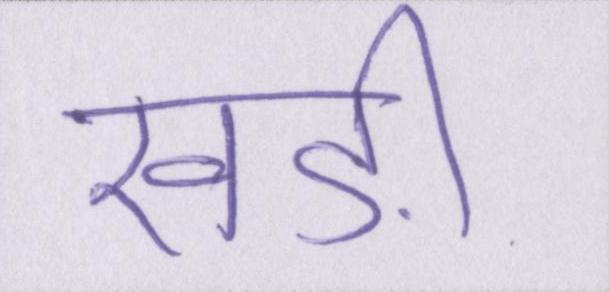
खड़ी